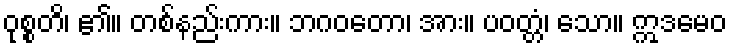
ဝုစ္စတိ၊ ၏။ တစ်နည်းကား။ ဘဂဝတော၊ အား။ ပဝတ္တံ၊ သော။ ဣဒမေဝ